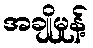
အချိုမှုန့်